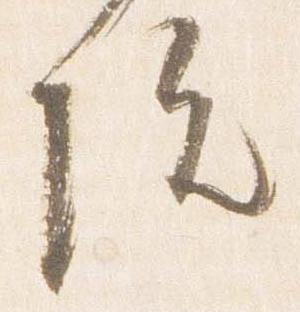
院